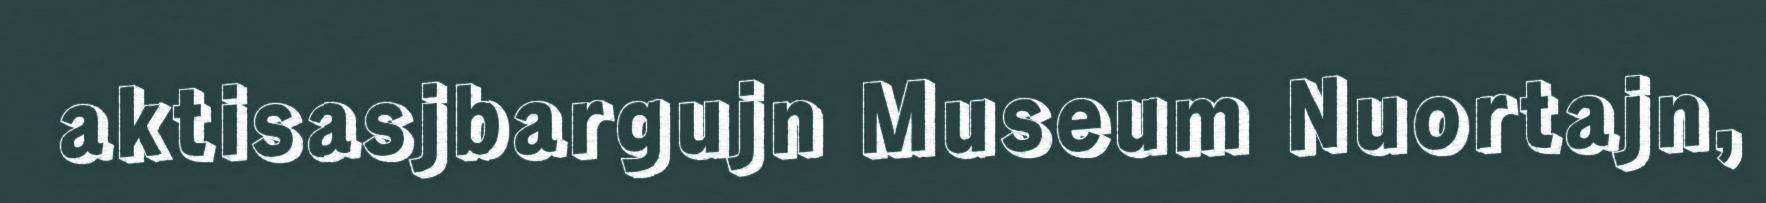
aktisasjbargujn Museum Nuortajn,